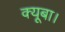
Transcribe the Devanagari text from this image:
क्यूबा।